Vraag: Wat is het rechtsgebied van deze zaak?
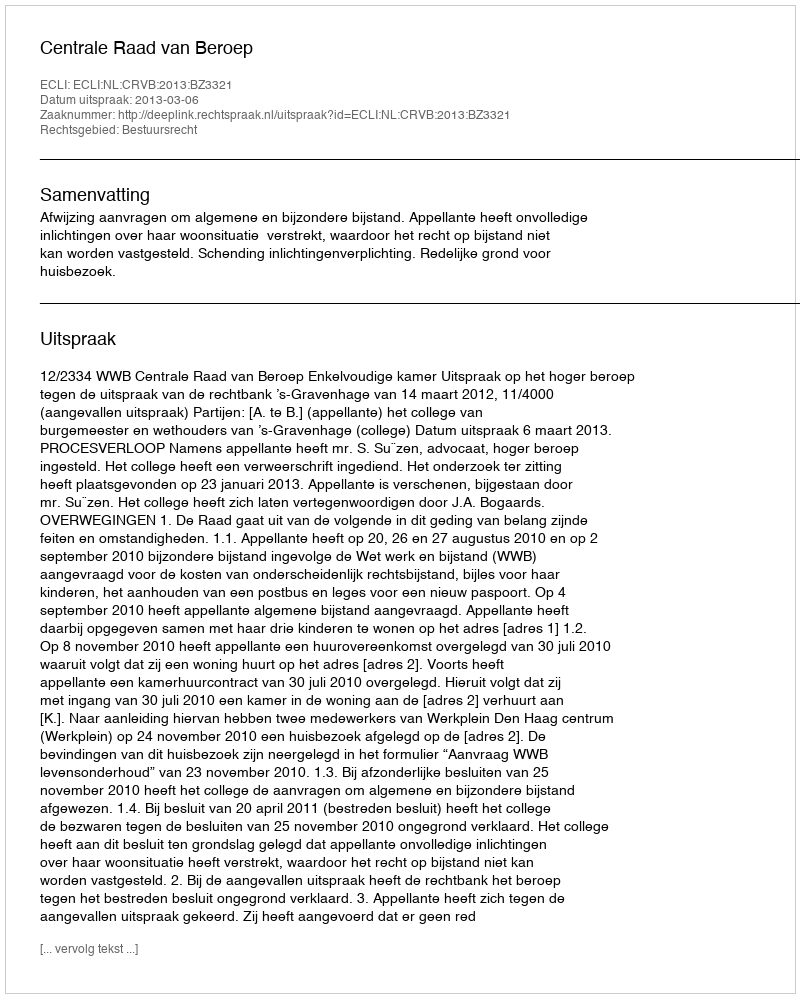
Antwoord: Bestuursrecht